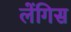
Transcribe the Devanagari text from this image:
लेंगिस